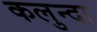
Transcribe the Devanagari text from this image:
कलुन्दा